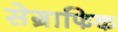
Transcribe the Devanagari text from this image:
सेग्राफिक